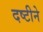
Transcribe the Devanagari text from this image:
दष्‍टीने